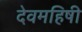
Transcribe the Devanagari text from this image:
देवमहिषी